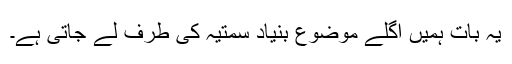
یہ بات ہمیں اگلے موضوع بنیاد سمتیہ کی طرف لے جاتی ہے۔